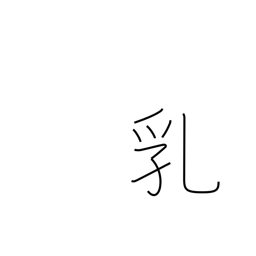
Meaning: breasts